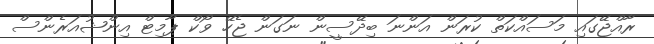
ރާއްޖޭގައި މަސައްކަތް ކުރަން އަންނަ ބިދޭސީން ނަގަން ޖެހޭ ވޯކް ޕާމިޓް އިންޝުއަރެންސް